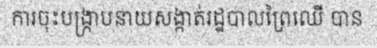
ការចុះបង្ក្រាបនាយសង្កាត់រដ្ឋបាលព្រៃឈើ បាន